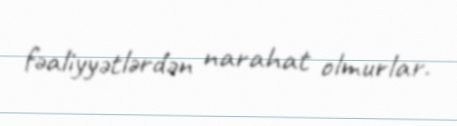
fəaliyyətlərdən narahat olmurlar.